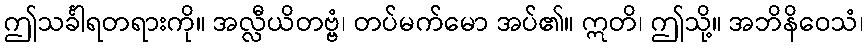
ဤသင်္ခါရတရားကို။ အလ္လီယိတဗ္ဗံ၊ တပ်မက်မော အပ်၏။ ဣတိ၊ ဤသို့။ အဘိနိဝေသံ၊